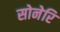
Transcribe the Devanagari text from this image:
सोनेरि